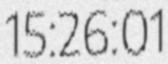
15:26:01